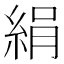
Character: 絹